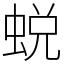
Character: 蜕